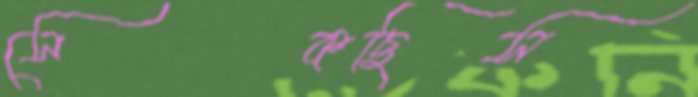
সেকছিস